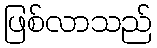
ဖြစ်လာသည်